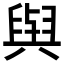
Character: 𫟋